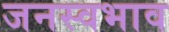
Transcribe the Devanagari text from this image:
जनस्वभाव